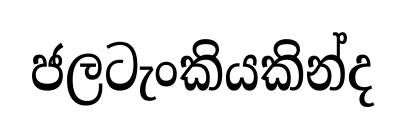
ජලටැංකියකින්ද